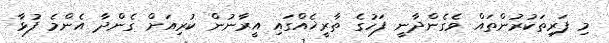
މި ފަރިތަކުރުންތައް ވެގެންދާނީ ފަހުގެ ތާރީޚެއްގައި އީރާނުން ކުރިއަށް ގެންދާ އެންމެ ފުޅާ